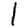
Digit: 1